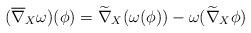
LaTeX: \begin{align*}(\overline{\nabla}_X\omega)(\phi)=\widetilde{\nabla}_X(\omega(\phi))-\omega(\widetilde{\nabla}_X\phi)\end{align*}